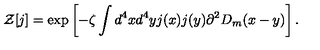
{ \cal Z } [ j ] = \exp \left[ - \zeta \int d ^ { 4 } x d ^ { 4 } y j ( x ) j ( y ) \partial ^ { 2 } D _ { m } ( x - y ) \right] .